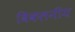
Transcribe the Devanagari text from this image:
विकलनीय